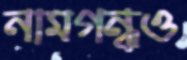
নামগন্ধও